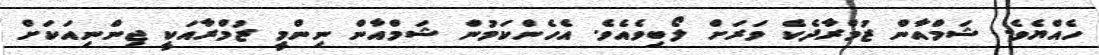
ހެއްޔެވެ. ޝަމްއާން ޒުމްރާދެކެ ވަރަށް ލޯބިވެއެވެ. އެހެންކަމުން ޝަމްއާން ނިންމީ ޒުމްރާއަކީ ޖިންނިއަކަށް